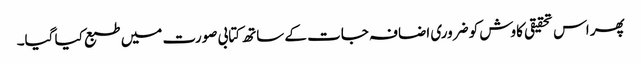
پھر اس تحقیقی کاوش کو ضروری اضافہ جات کے ساتھ کتابی صورت میں طبع کیا گیا۔